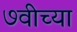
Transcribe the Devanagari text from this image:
७वीच्या